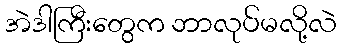
အဲဒါကြီးတွေက ဘာလုပ်မလို့လဲ